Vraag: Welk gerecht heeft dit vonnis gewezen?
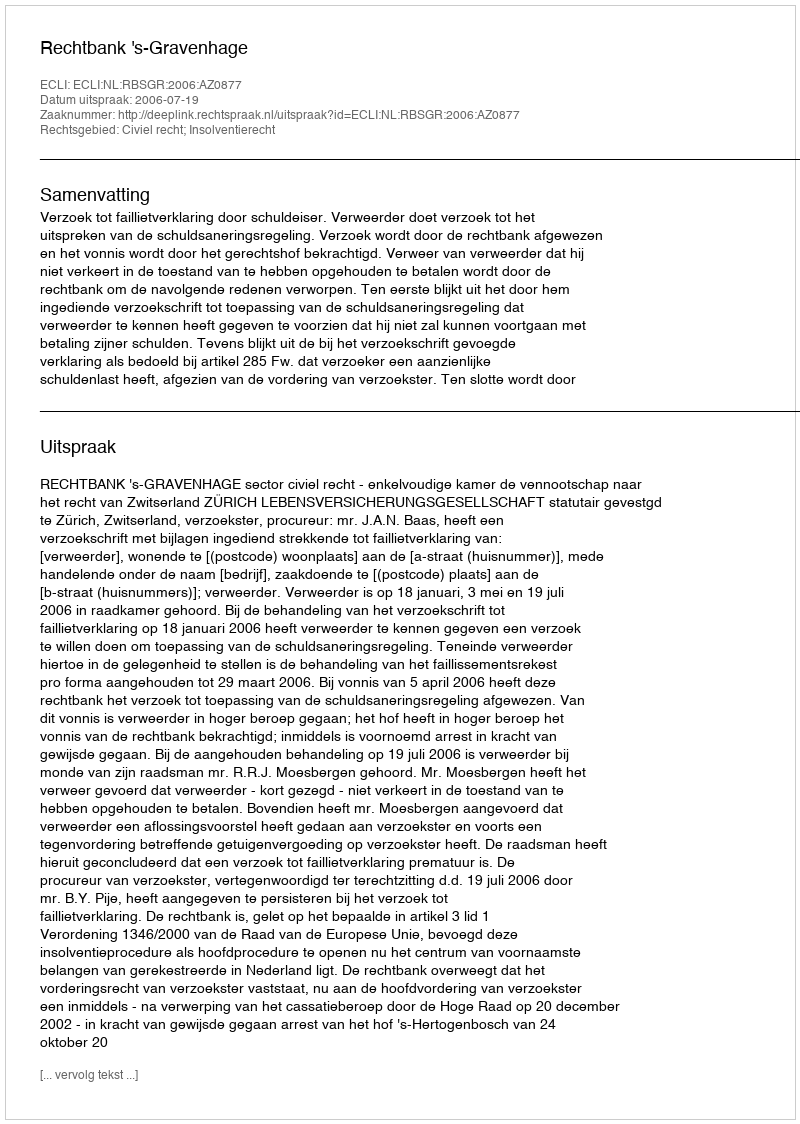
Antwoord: Rechtbank 's-Gravenhage